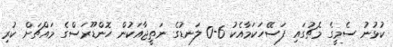
ކުޅުނު ސެމީގެ މެޗުގައި ފަސޭހަކަމާއެކު 6-0 ލަނޑުގެ ނަތީޖާއަކުން ހޮންޑޫރަސްގެ މައްޗަށް ކުރި